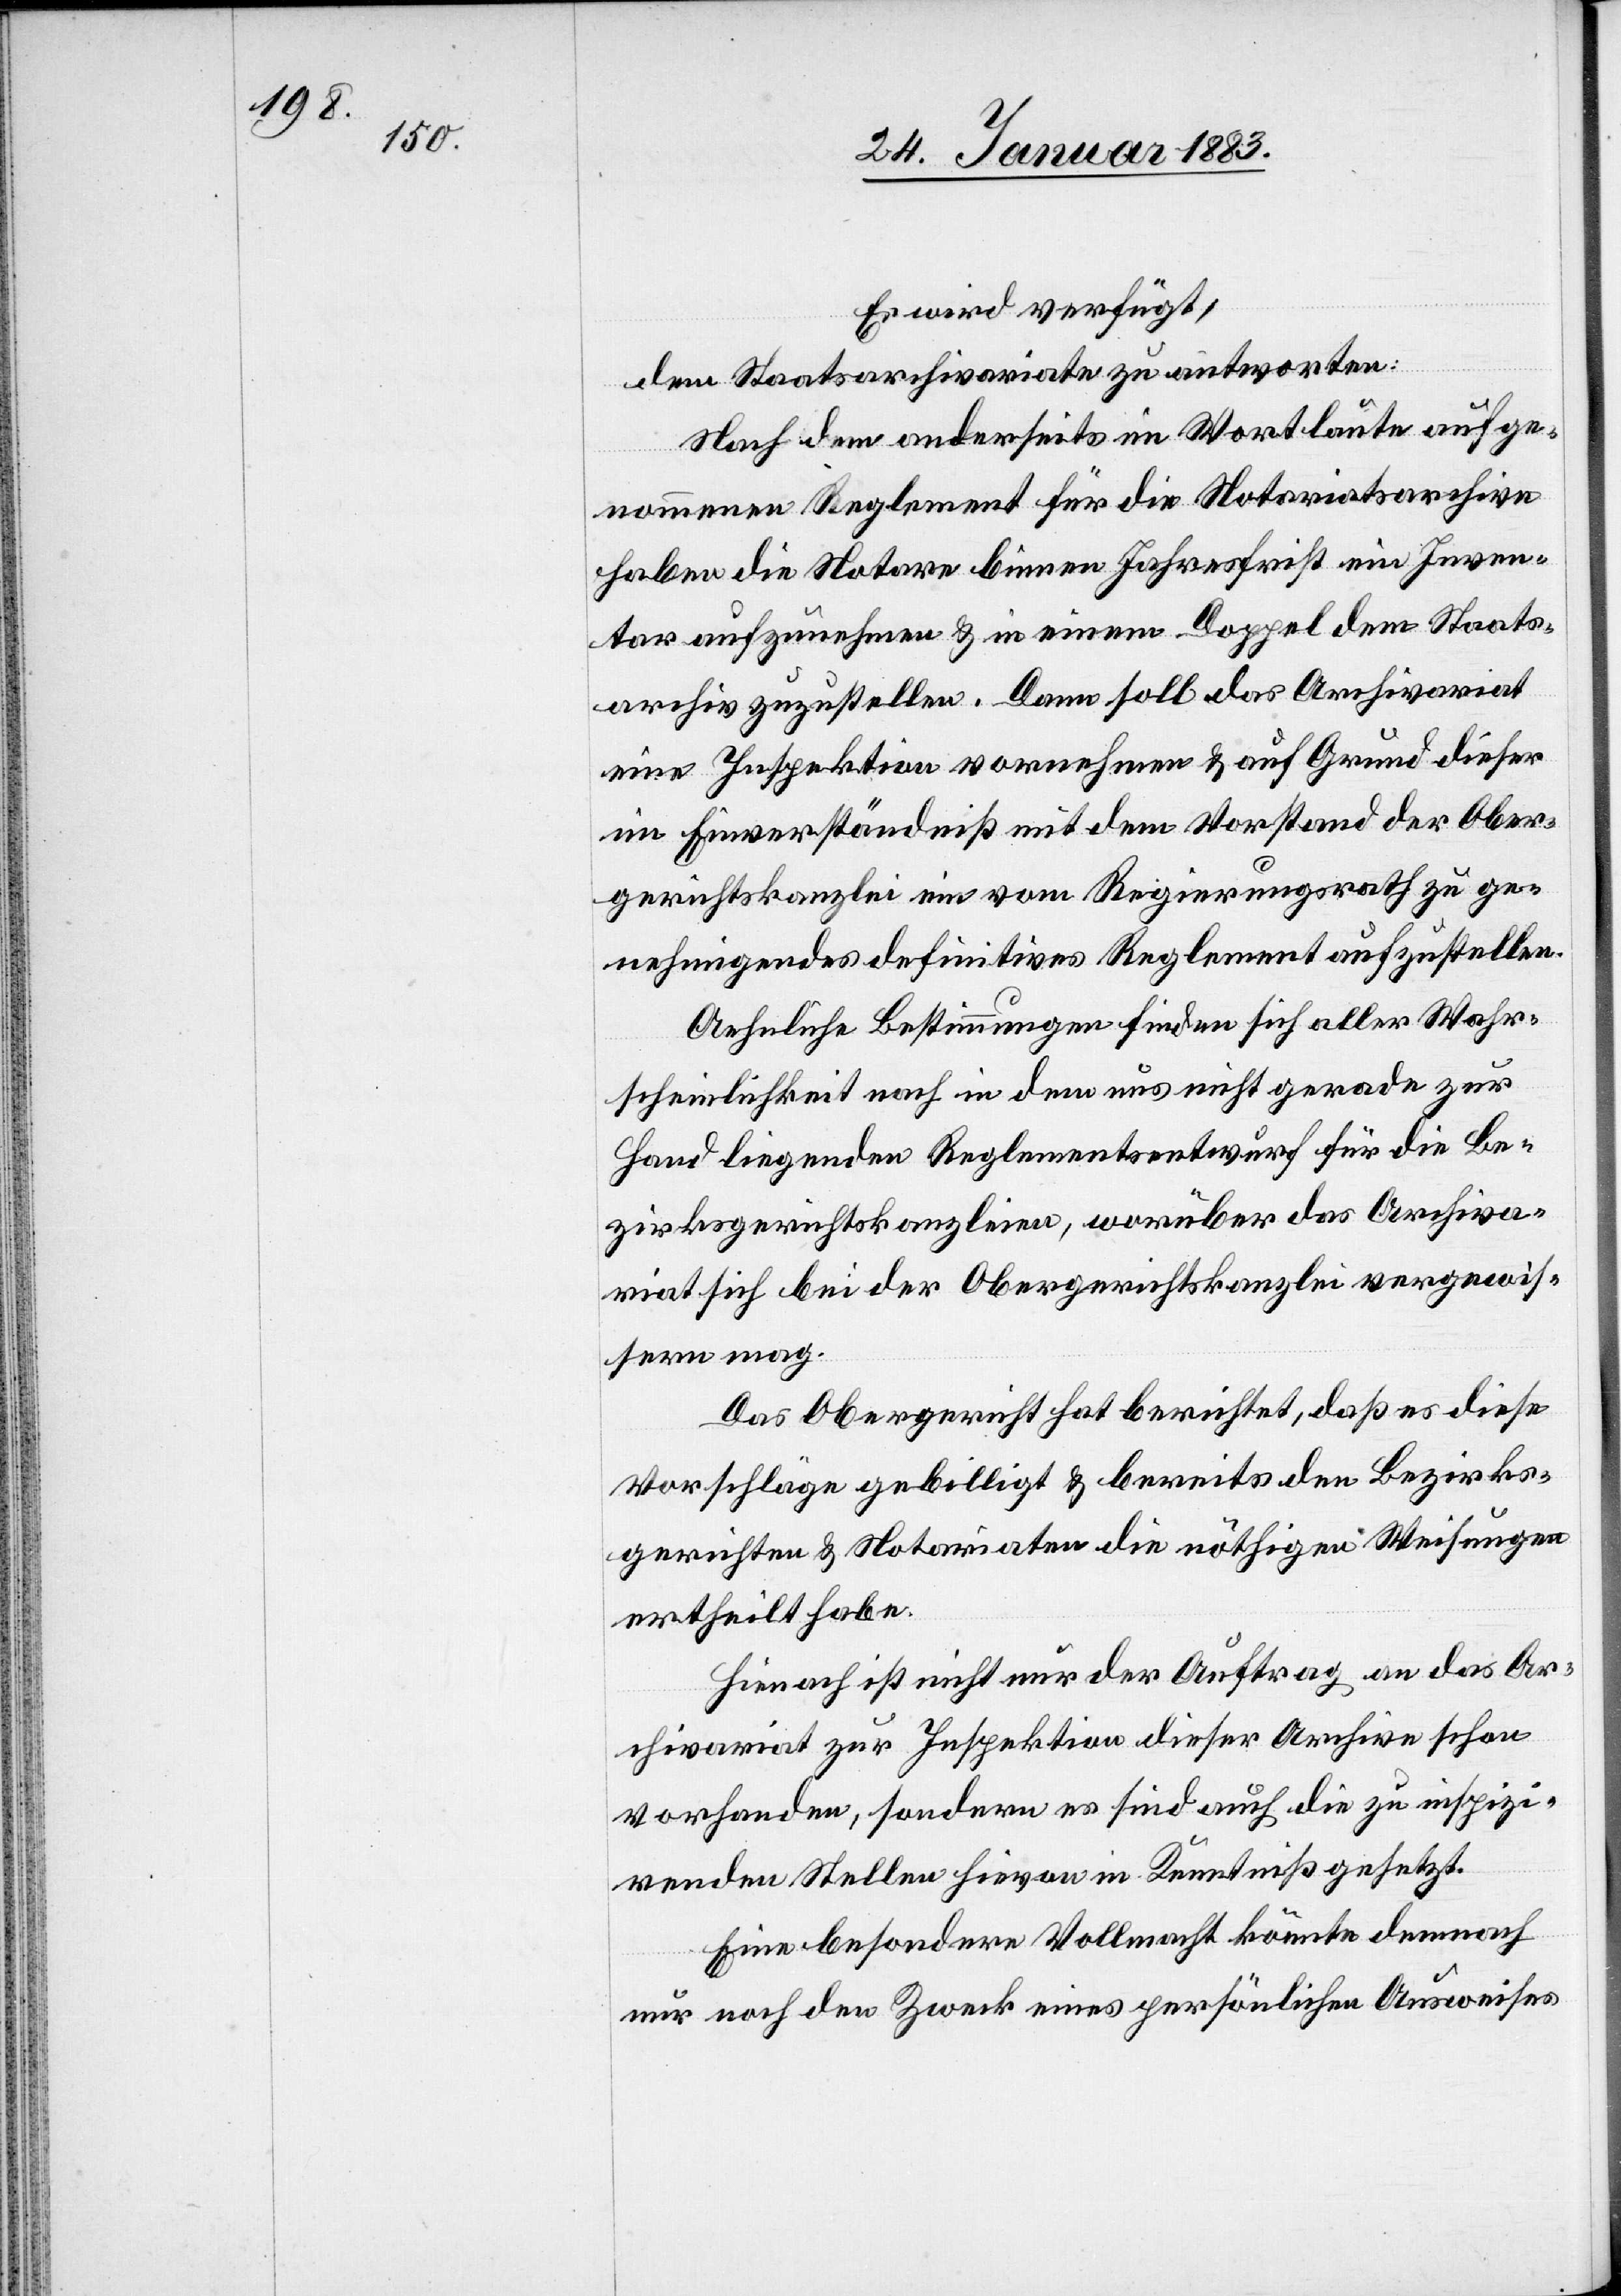
Es wird verfügt:
dem Staatsarchivariate zu antworten:
Nach dem anderseits im Wortlaute aufge¬
nommenen Reglement für die Notariatsarchive
haben die Notare binnen Jahresfrist ein Inven¬
tar aufzunehmen & in einem Doppel dem Staats¬
archiv zuzustellen. Dann soll das Archivariat
eine Inspektion vornehmen & auf Grund dieser
im Einverständniß mit dem Vorstand der Ober¬
gerichtskanzlei ein vom Regierungsrath zu ge¬
nehmigendes definitives Reglement aufzustellen
Aehnliche Bestimmungen finden sich aller Wahr¬
scheinlichkeit nach in dem uns nicht gerade zur
Hand liegenden Reglementsentwurf für die Be¬
zirksgerichtskanzleien, worüber das Archiva¬
riat sich bei der Obergerichtskanzlei vergewis¬
sern mag.
Das Obergericht hat berichtet, daß es diese
Vorschläge gebilligt & bereits den Bezirks¬
gerichten & Notariaten die nöthigen Weisungen
ertheilt habe.
Hienach ist nicht nur der Auftrag an das Ar¬
chivariat zur Inspektion dieser Archive schon
vorhanden, sondern es sind auch die zu inspizi¬
renden Stellen hievon in Kenntniß gesetzt.
Eine besondere Vollmacht könnte demnach
nur noch den Zweck eines persönlichen Ausweises